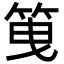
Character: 䇩